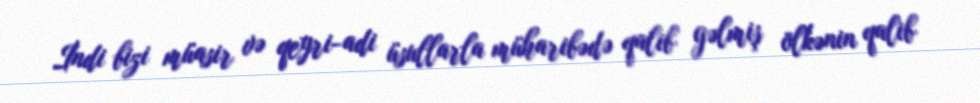
İndi bizi müasir və qeyri-adi üsullarla müharibədə qalib gəlmiş ölkənin qalib